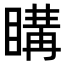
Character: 𥉇